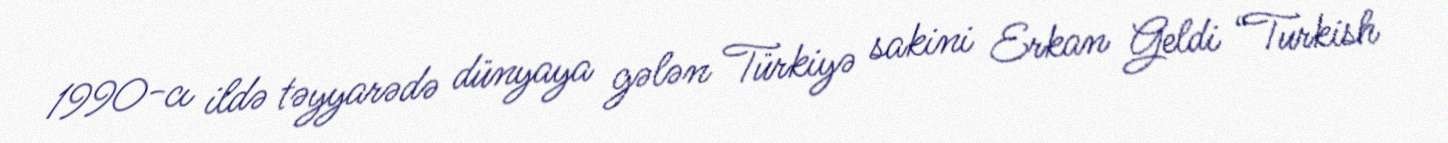
1990-cı ildə təyyarədə dünyaya gələn Türkiyə sakini Erkan Geldi “Turkish